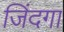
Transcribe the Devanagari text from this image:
जिंदगा